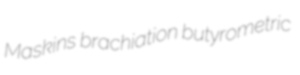
Maskins brachiation butyrometric